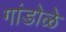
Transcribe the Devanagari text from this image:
गांडोळे